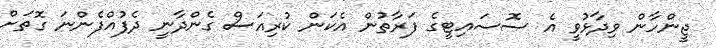
ޖީންހާން ވިދާޅުވީ އެ ސޮސައިޓީގެ ފަރާތުން އެކަން ކުރިއަސް ގެންދާނީ ދެފުއްފެންނަ ގޮތަށް